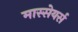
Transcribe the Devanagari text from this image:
मास्सेयर्स